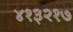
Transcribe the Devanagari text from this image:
४१३२१७